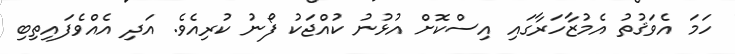
ހަމަ އެވަޤުތު އެމުޒާހަރާގައި އިސްކޮށް އުޅުނު ކުއްޖަކު ފޯނު ކުރިއެވެ. އަދި އެއްވެފައިތިބި